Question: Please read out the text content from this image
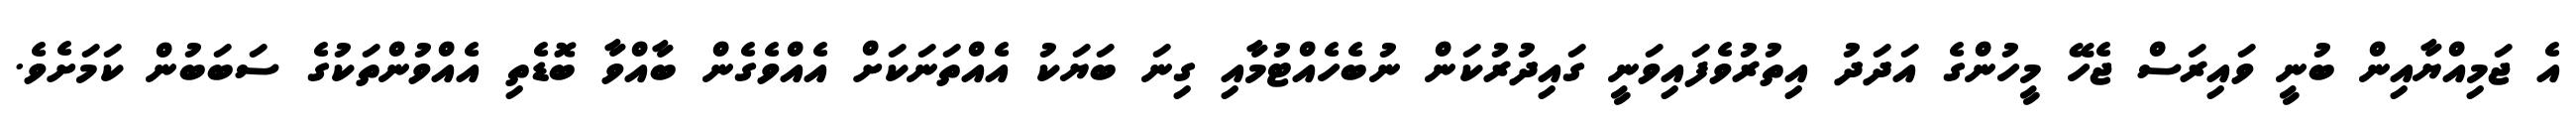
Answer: އެ ޖަމިއްޔާއިން ބުނީ ވައިރަސް ޖެހޭ މީހުންގެ އަދަދު އިތުރުވެފައިވަނީ ގައިދުރުކަން ނުބެހެއްޓުމާއި ގިނަ ބަޔަކު އެއްތަނަކަށް އެއްވެގެން ބާއްވާ ބޮޑެތި އެއްވުންތަކުގެ ސަބަބުން ކަމަށެވެ.